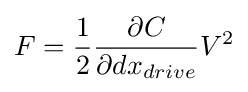
F={\frac {1}{2}}{\frac {\partial C}{\partial dx_{drive}}}V^{2}